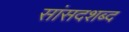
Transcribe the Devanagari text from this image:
सांसदशब्द